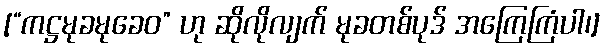
[“ကဋ္ဌမုခမုခေဝ” ဟု ဆိုလိုလျက် မုခတစ်ပုဒ် အကြေကြံပါ၊]